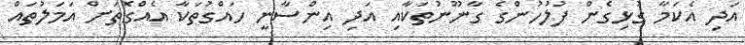
އަދި އެކަމާ ގުޅިގެން ފުލުހުންގެ ގާނޫނުތަކާއި އަދި އިންސާނީ ހައްގުތަކާ އެއްގޮތަށް އަމަލުތައް